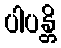
ပါပန္တိ